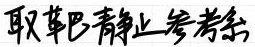
取靶巴静止参考系